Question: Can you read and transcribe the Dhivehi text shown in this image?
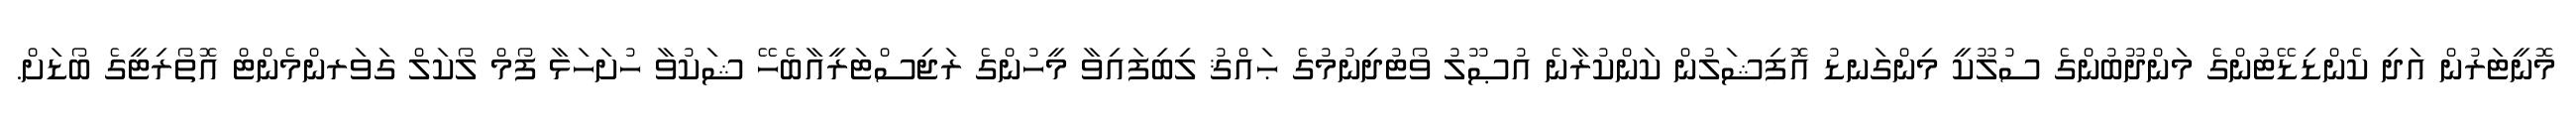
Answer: މޮނީޓަރުން އަދި ކެންޑިޑޭޓުންގެ މަންދޫބުންގެ ސުލޫކީ މިންގަނޑު އޮފިޝަލުން ކަންކުރާނެ އުޞޫލު ވޯޓުދިނުމުގެ ޙައްޤު ލިބިފައިވާ މީހުންގެ ރަޖިސްޓަރީއާބެހޭ ޝަކުވާ ހުށަހަޅާ ފޯމް ލޯކަލް ގަވަރންމެންޓް އޮތޯރިޓީގެ ބޯޑަށް.